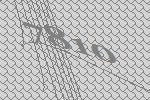
7810